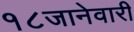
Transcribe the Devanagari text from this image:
१८जानेवारी